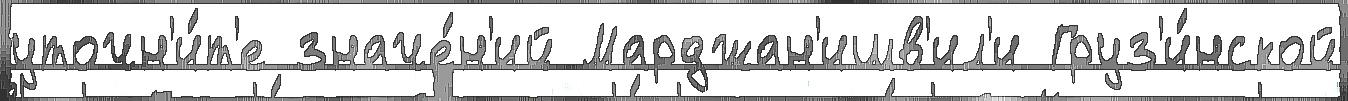
уточн'и́т'е значе́н'ий Марджан'ишв'ил'и Груз'и́нской